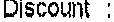
DISCOUNT :